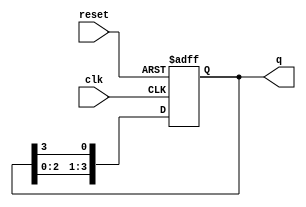
module ring_counter (
    input wire clk,       // Clock signal
    input wire reset,     // Reset signal
    output reg [3:0] q    // 4-bit output representing the state of the counter
);

    // Initial state
    initial begin
        q = 4'b0001; // Start with the first flip-flop set to '1'
    end

    // Sequential logic for the ring counter
    always @(posedge clk or posedge reset) begin
        if (reset) begin
            q <= 4'b0001; // Reset state: only the first flip-flop is '1'
        end else begin
            // Shift the '1' to the next flip-flop
            q <= {q[2:0], q[3]}; // Shift left and wrap around
        end
    end

endmodule